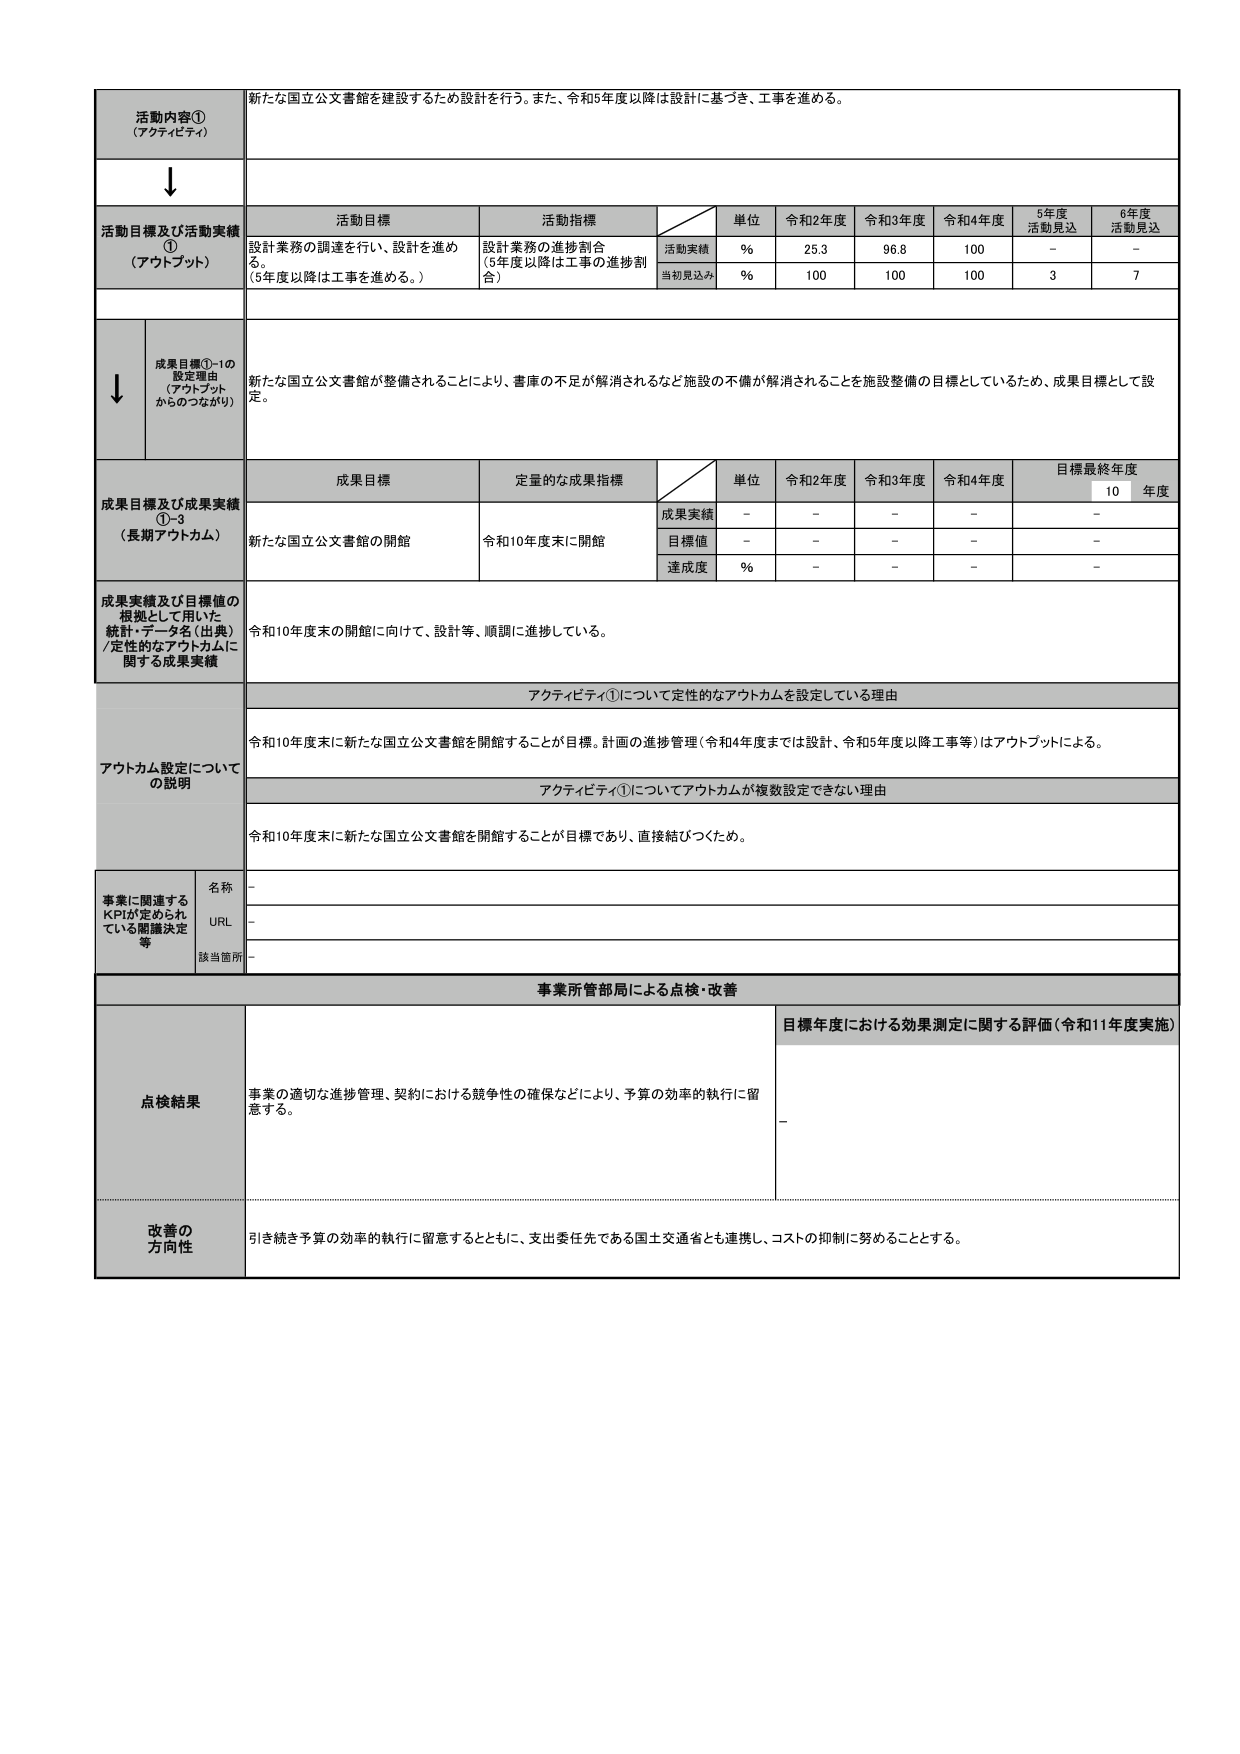
活動内容①
（アクティビティ）
新たな国立公文書館を建設するため設計を行う。また、令和5年度以降は設計に基づき、工事を進める。

↓

活動目標及び活動実績①
（アウトプット）
活動目標
設計業務の調達を行い、設計を進め
る。
（5年度以降は工事を進める。）
活動指標
設計業務の進捗割合
（5年度以降は工事の進捗割合）
単位
%
令和2年度
25.3
令和3年度
96.8
令和4年度
100
5年度
活動見込
－
6年度
活動見込
－
活動実績
%
25.3
96.8
100
－
－
当初見込み
%
100
100
100
3
7

↓

成果目標①-1の
設定理由
（アウトプット
からのつながり）
新たな国立公文書館が整備されることにより、書庫の不足が解消されるなど施設の不備が解消されることを施設整備の目標としているため、成果目標として設定。

成果目標及び成果実績①-3
（長期アウトカム）
成果目標
新たな国立公文書館の開館
定量的な成果指標
令和10年度末に開館
単位
成果実績
－
－
－
－
－
目標値
－
－
－
－
－
達成度
%
－
－
－
－
目標最終年度
10年度

成果実績及び目標値の
根拠として用いた
統計・データ名（出典）
/定性的なアウトカムに
関する成果実績
令和10年度末の開館に向けて、設計等、順調に進捗している。

アウトカム設定について
の説明
アクティビティ①について定性的なアウトカムを設定している理由
令和10年度末に新たな国立公文書館を開館することが目標。計画の進捗管理（令和4年度までは設計、令和5年度以降工事等）はアウトプットによる。
アクティビティ①についてアウトカムが複数設定できない理由
令和10年度末に新たな国立公文書館を開館することが目標であり、直接結びつくため。

事業に関連する
KPIが定められ
ている関連決定
等
名称
－
URL
－
該当箇所
－

事業所管部局による点検・改善

点検結果
事業の適切な進捗管理、契約における競争性の確保などにより、予算の効率的執行に留意する。
目標年度における効果測定に関する評価（令和11年度実施）
－

改善の
方向性
引き続き予算の効率的執行に留意するとともに、支出委任先である国土交通省とも連携し、コストの抑制に努めることとする。